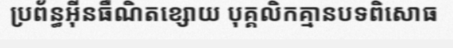
ប្រព័ន្ធអ៊ីនធឺណិតខ្សោយ បុគ្គលិកគ្មានបទពិសោធ